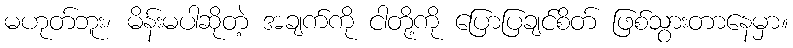
မဟုတ်ဘူး၊ မိန်းမပါဆိုတဲ့ အချက်ကို ငါတို့ကို ပြောပြချင်စိတ် ဖြစ်သွားတာနေမှာ။